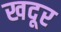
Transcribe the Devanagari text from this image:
खदूर